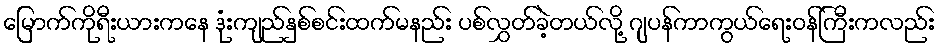
မြောက်ကိုရီးယားကနေ ဒုံးကျည်နှစ်စင်းထက်မနည်း ပစ်လွှတ်ခဲ့တယ်လို့ ဂျပန်ကာကွယ်ရေးဝန်ကြီးကလည်း